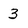
Character: 3